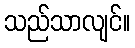
သည်သာလျင်။